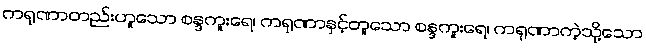
ကရုဏာတည်းဟူသော စန္ဒကူးရေ၊ ကရုဏာနှင့်တူသော စန္ဒကူးရေ၊ ကရုဏာကဲ့သို့သော